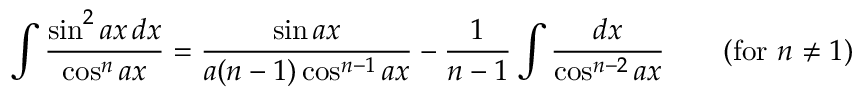
\int { \frac { \sin ^ { 2 } a x \, d x } { \cos ^ { n } a x } } = { \frac { \sin a x } { a ( n - 1 ) \cos ^ { n - 1 } a x } } - { \frac { 1 } { n - 1 } } \int { \frac { d x } { \cos ^ { n - 2 } a x } } \qquad { \mathrm { ( f o r ~ } } n \neq 1 { \mathrm { ) } }